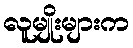
လူမျိုးများက